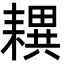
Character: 𦔜